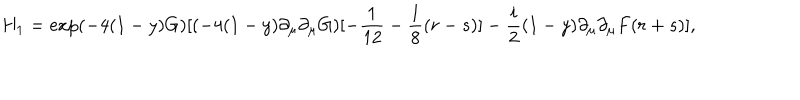
H _ { 1 } = \exp ( - 4 ( 1 - y ) G ) [ ( - 4 ( 1 - y ) \partial _ { \mu } \partial _ { \mu } G ) [ - \frac { 1 } { 1 2 } - \frac { 1 } { 8 } ( r - s ) ] - \frac { i } { 2 } ( 1 - y ) \partial _ { \mu } \partial _ { \mu } F ( r + s ) ] ,